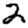
Digit: 2